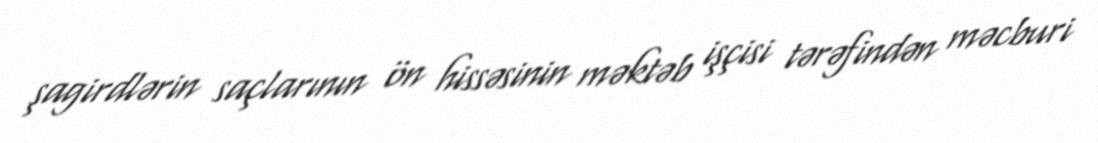
şagirdlərin saçlarının ön hissəsinin məktəb işçisi tərəfindən məcburi